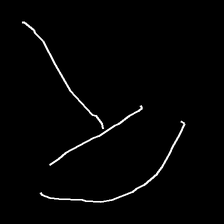
Glyph: dispersion